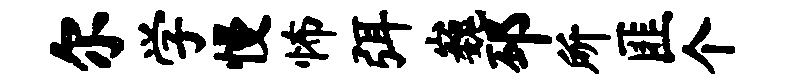
尔学慢怖弭巍邳所匪个